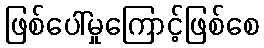
ဖြစ်ပေါ်မှုကြောင့်ဖြစ်စေ